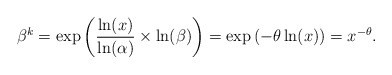
\begin{align*}\beta^k=\exp\left(\frac{\ln(x)}{\ln(\alpha)}\times \ln(\beta)\right)=\exp\left(-\theta \ln(x) \right) = x^{-\theta} .\end{align*}